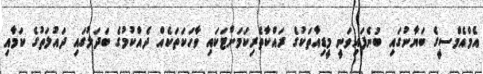
އެމްއެމްސީގެ ބަޔާނުގައި ބުނެފައިވަނީ މީޑިއާތަކުގެ ރައްކާތެރިކަމަށްޓަކައި ވާހަކަތަކެއް ދެއްކުމުގެ ބަދަލުގައި ދައުލަތުގެ ކަމާއި